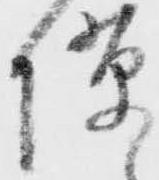
隙